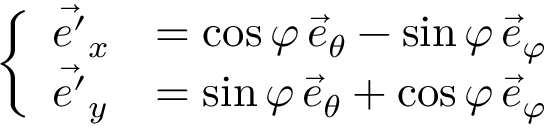
\left\{ \begin{array} { l l } { \Vec { e ^ { \prime } } _ { x } } & { = \cos { \varphi } \, \Vec { e } _ { \theta } - \sin { \varphi } \, \Vec { e } _ { \varphi } } \\ { \Vec { e ^ { \prime } } _ { y } } & { = \sin { \varphi } \, \Vec { e } _ { \theta } + \cos { \varphi } \, \Vec { e } _ { \varphi } } \end{array} \right.